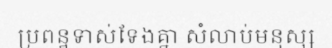
ប្រពន្ឋទាស់ទែងគ្នា សំលាប់មនុស្ស